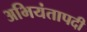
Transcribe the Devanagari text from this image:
अभियंतापदी